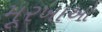
મૂરખાઓ